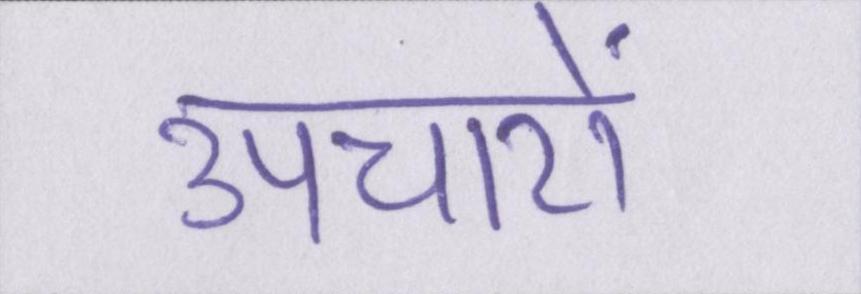
उपचारों